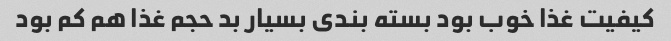
کیفیت غذا خوب بود بسته بندی بسیار بد حجم غذا هم کم بود